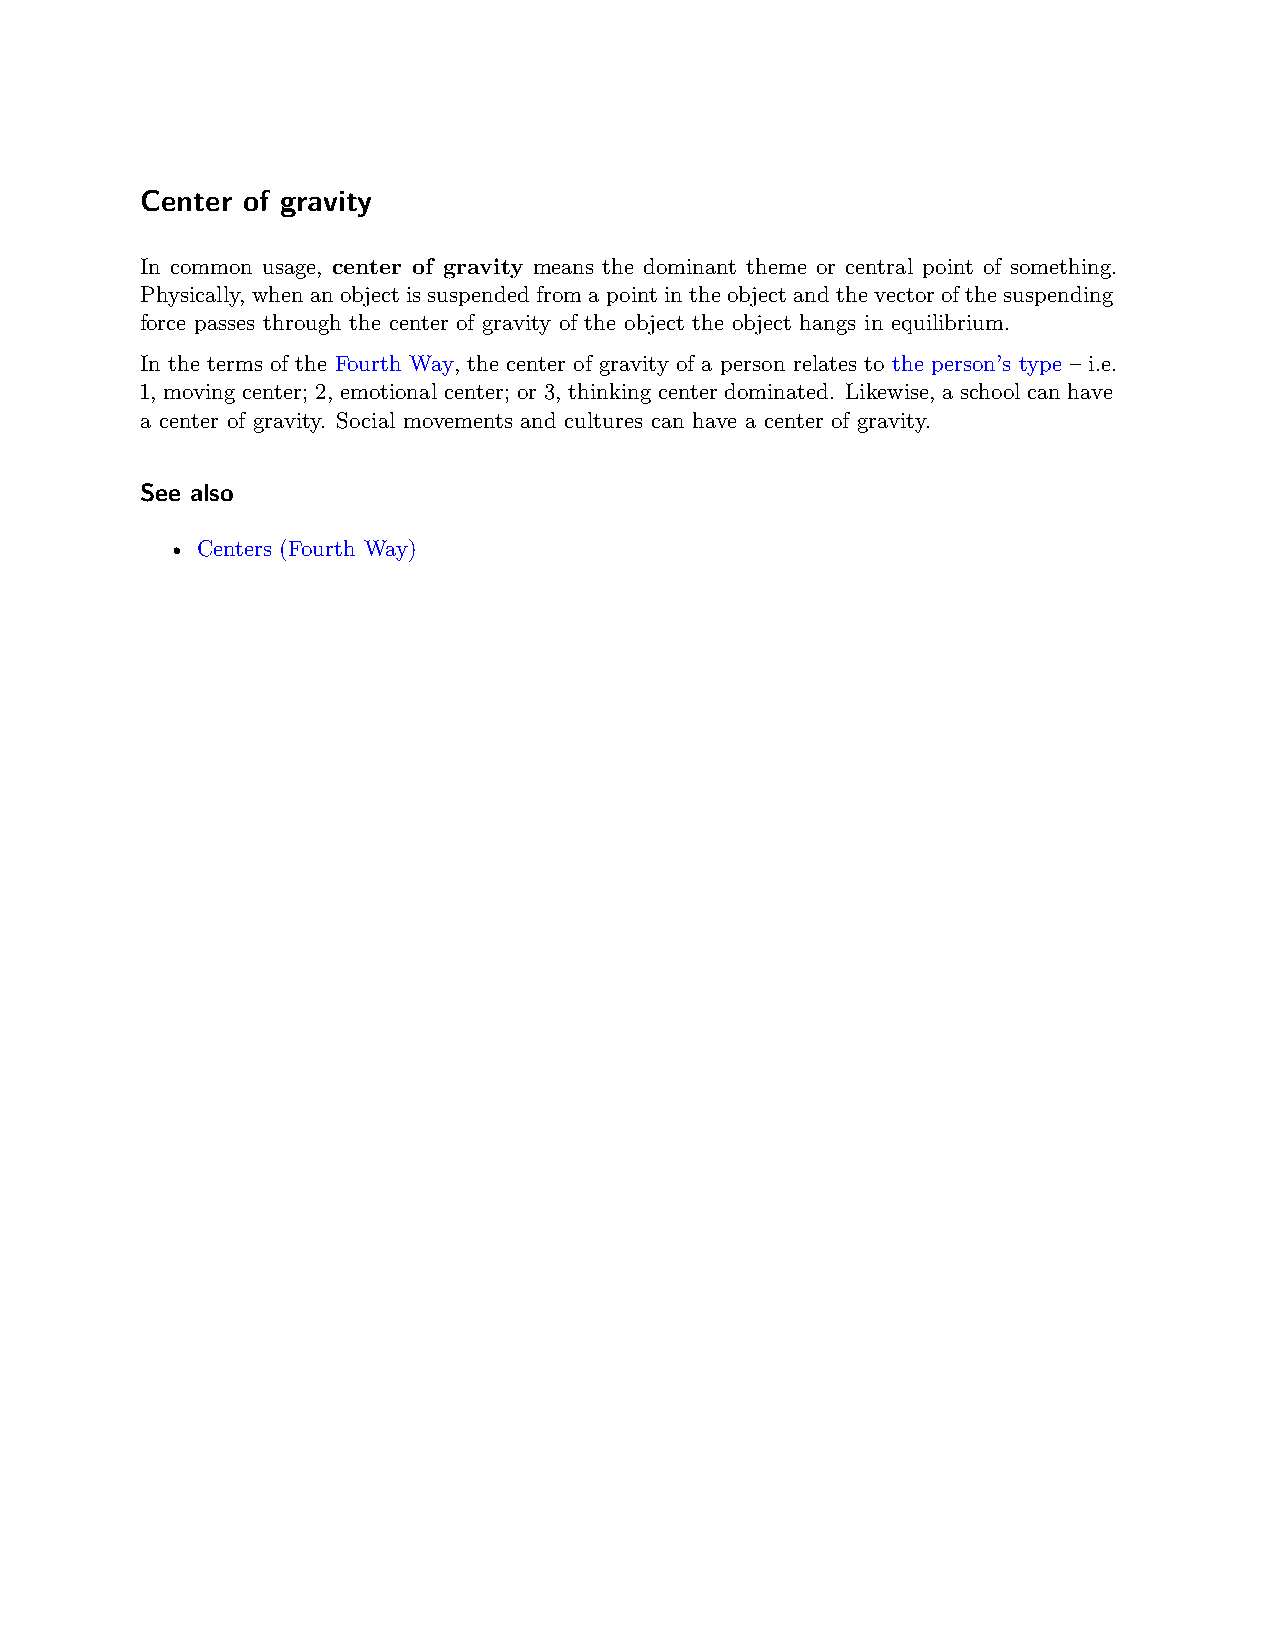
Center of gravity
 In common usage, center of gravity means the dominant theme or central point of something.
 Physically, whenanobjectissuspendedfromapointintheobjectandthevectorofthesuspending
 force passes through the center of gravity of the object the object hangs in equilibrium.
 In the terms of the Fourth Way, the center of gravity of a person relates to the person’s type – i.e.
 1, moving center; 2, emotional center; or 3, thinking center dominated. Likewise, a school can have
 a center of gravity. Social movements and cultures can have a center of gravity.
 See also
 • Centers (Fourth Way)